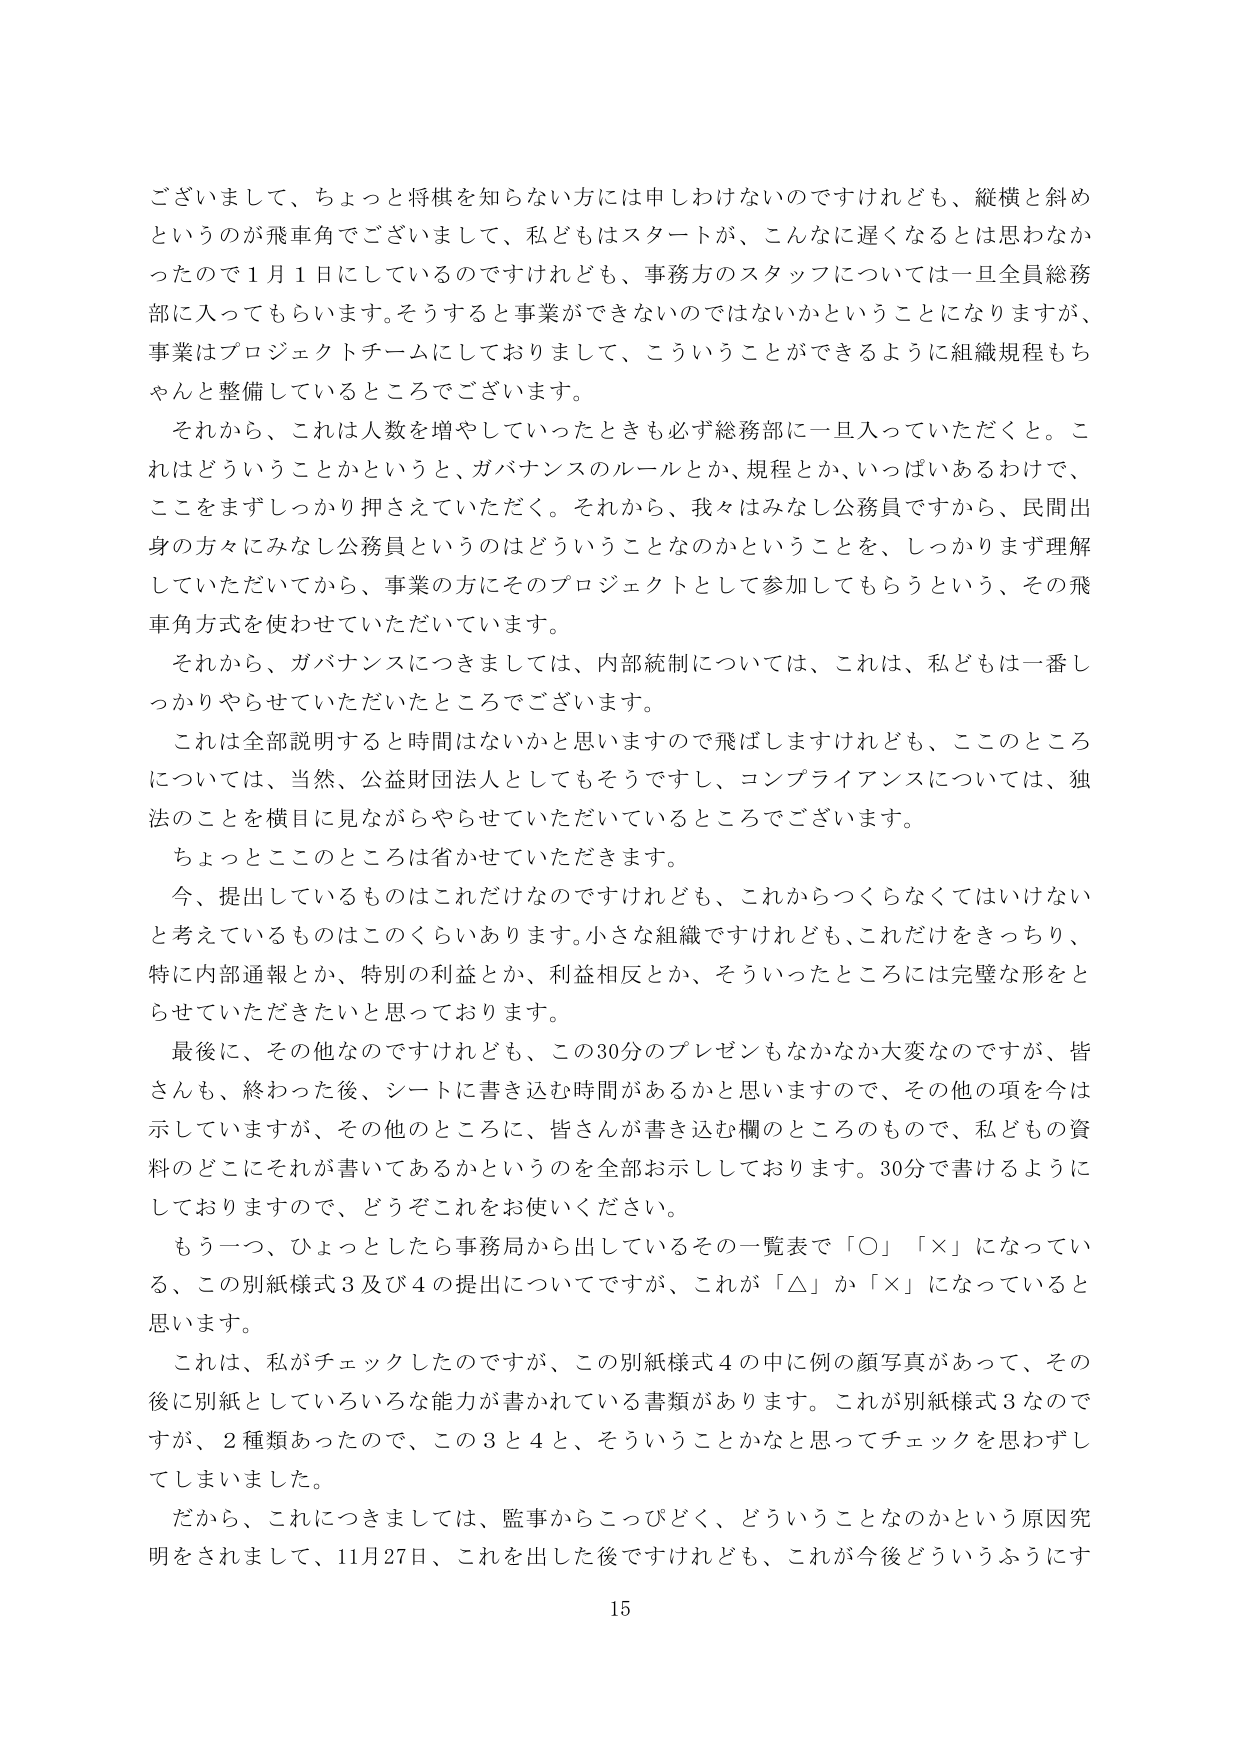
ございまして、ちょっと将棋を知らない方には申しわけないのですけれども、縦横と斜めというのが飛車角でございまして、私どもはスタートが、こんなに遅くなるとは思わなかったので1月1日にしているのですけれども、事務方のスタッフについては一旦全員総務部に入ってもらいます。そうすると事業ができないのではないかということになりますが、事業はプロジェクトチームにしておりまして、こういうことができるように組織規程もちゃんと整備しているところでございます。

それから、これは人数を増やしていったときも必ず総務部に一旦入っていただくと。これはどういうことかというと、ガバナンスのルールとか、規程とか、いっぱいあるわけで、ここをまずしっかり押さえていただく。それから、我々はみなし公務員ですから、民間出身の方々にみなし公務員というのはどういうことなのかということを、しっかりまず理解していただいてから、事業の方にそのプロジェクトとして参加してもらうという、その飛車角方式を使わせていただいています。

それから、ガバナンスにつきましては、内部統制については、これは、私どもは一番しっかりやらせていただいたところでございます。

これは全部説明するとき間はないかと思いますので飛ばしますけれども、このところについては、当然、公益財団法人としてもそうですし、コンプライアンスについては、独法のことを横目に見ながらやらせていただいているところでございます。

ちょっとこのところは省かせていただきます。

今、提出しているものはこれだけなのですけれども、これからつくらなくてはいけないと考えているものはこのくらいあります。小さな組織ですけれども、これだけをきっちり、特に内部通報とか、特別の利益とか、利益相反とか、そういったところには完璧な形をとらせていただきたいと思っております。

最後に、その他なのですけれども、この30分のプレゼンもなかなか大変なのですが、皆さんも、終わった後、シートに書き込む時間があるかと思いますので、その他の項を今は示していますが、その他のところに、皆さんが書き込む欄のところのもので、私どもの資料のどこにそれが書いてあるかというのを全部お示ししております。30分で書けるようにしておりますので、どうぞこれをお使いください。

もう一つ、ひょっとしたら事務局から出しているその一覧表で「〇」「×」になっている、この別紙様式3及び4の提出についてですが、これが「△」か「×」になっていると思います。

これは、私がチェックしたのですが、この別紙様式4の中に例の顔写真があって、その後に別紙としていろいろな能力が書かれている書類があります。これが別紙様式3なのですが、2種類あったので、この3と4と、そういうことかなと思ってチェックを思わずしてしまいました。

だから、これにつきましては、監事からこっぴどく、どういうことなのかという原因究明をされまして、11月27日、これを出した後ですけれども、これが今後どういうふうにす

15